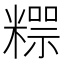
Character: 𥼐